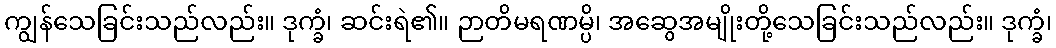
ကျွန်သေခြင်းသည်လည်း။ ဒုက္ခံ၊ ဆင်းရဲ၏။ ဉာတိမရဏမ္ပိ၊ အဆွေအမျိုးတို့သေခြင်းသည်လည်း။ ဒုက္ခံ၊